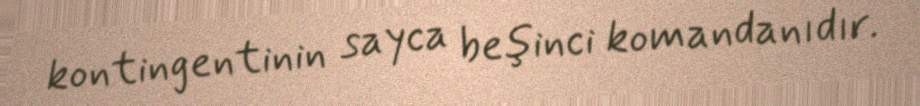
kontingentinin sayca beşinci komandanıdır.